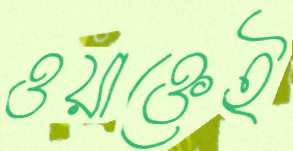
ওয়াক্তেই